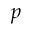
p